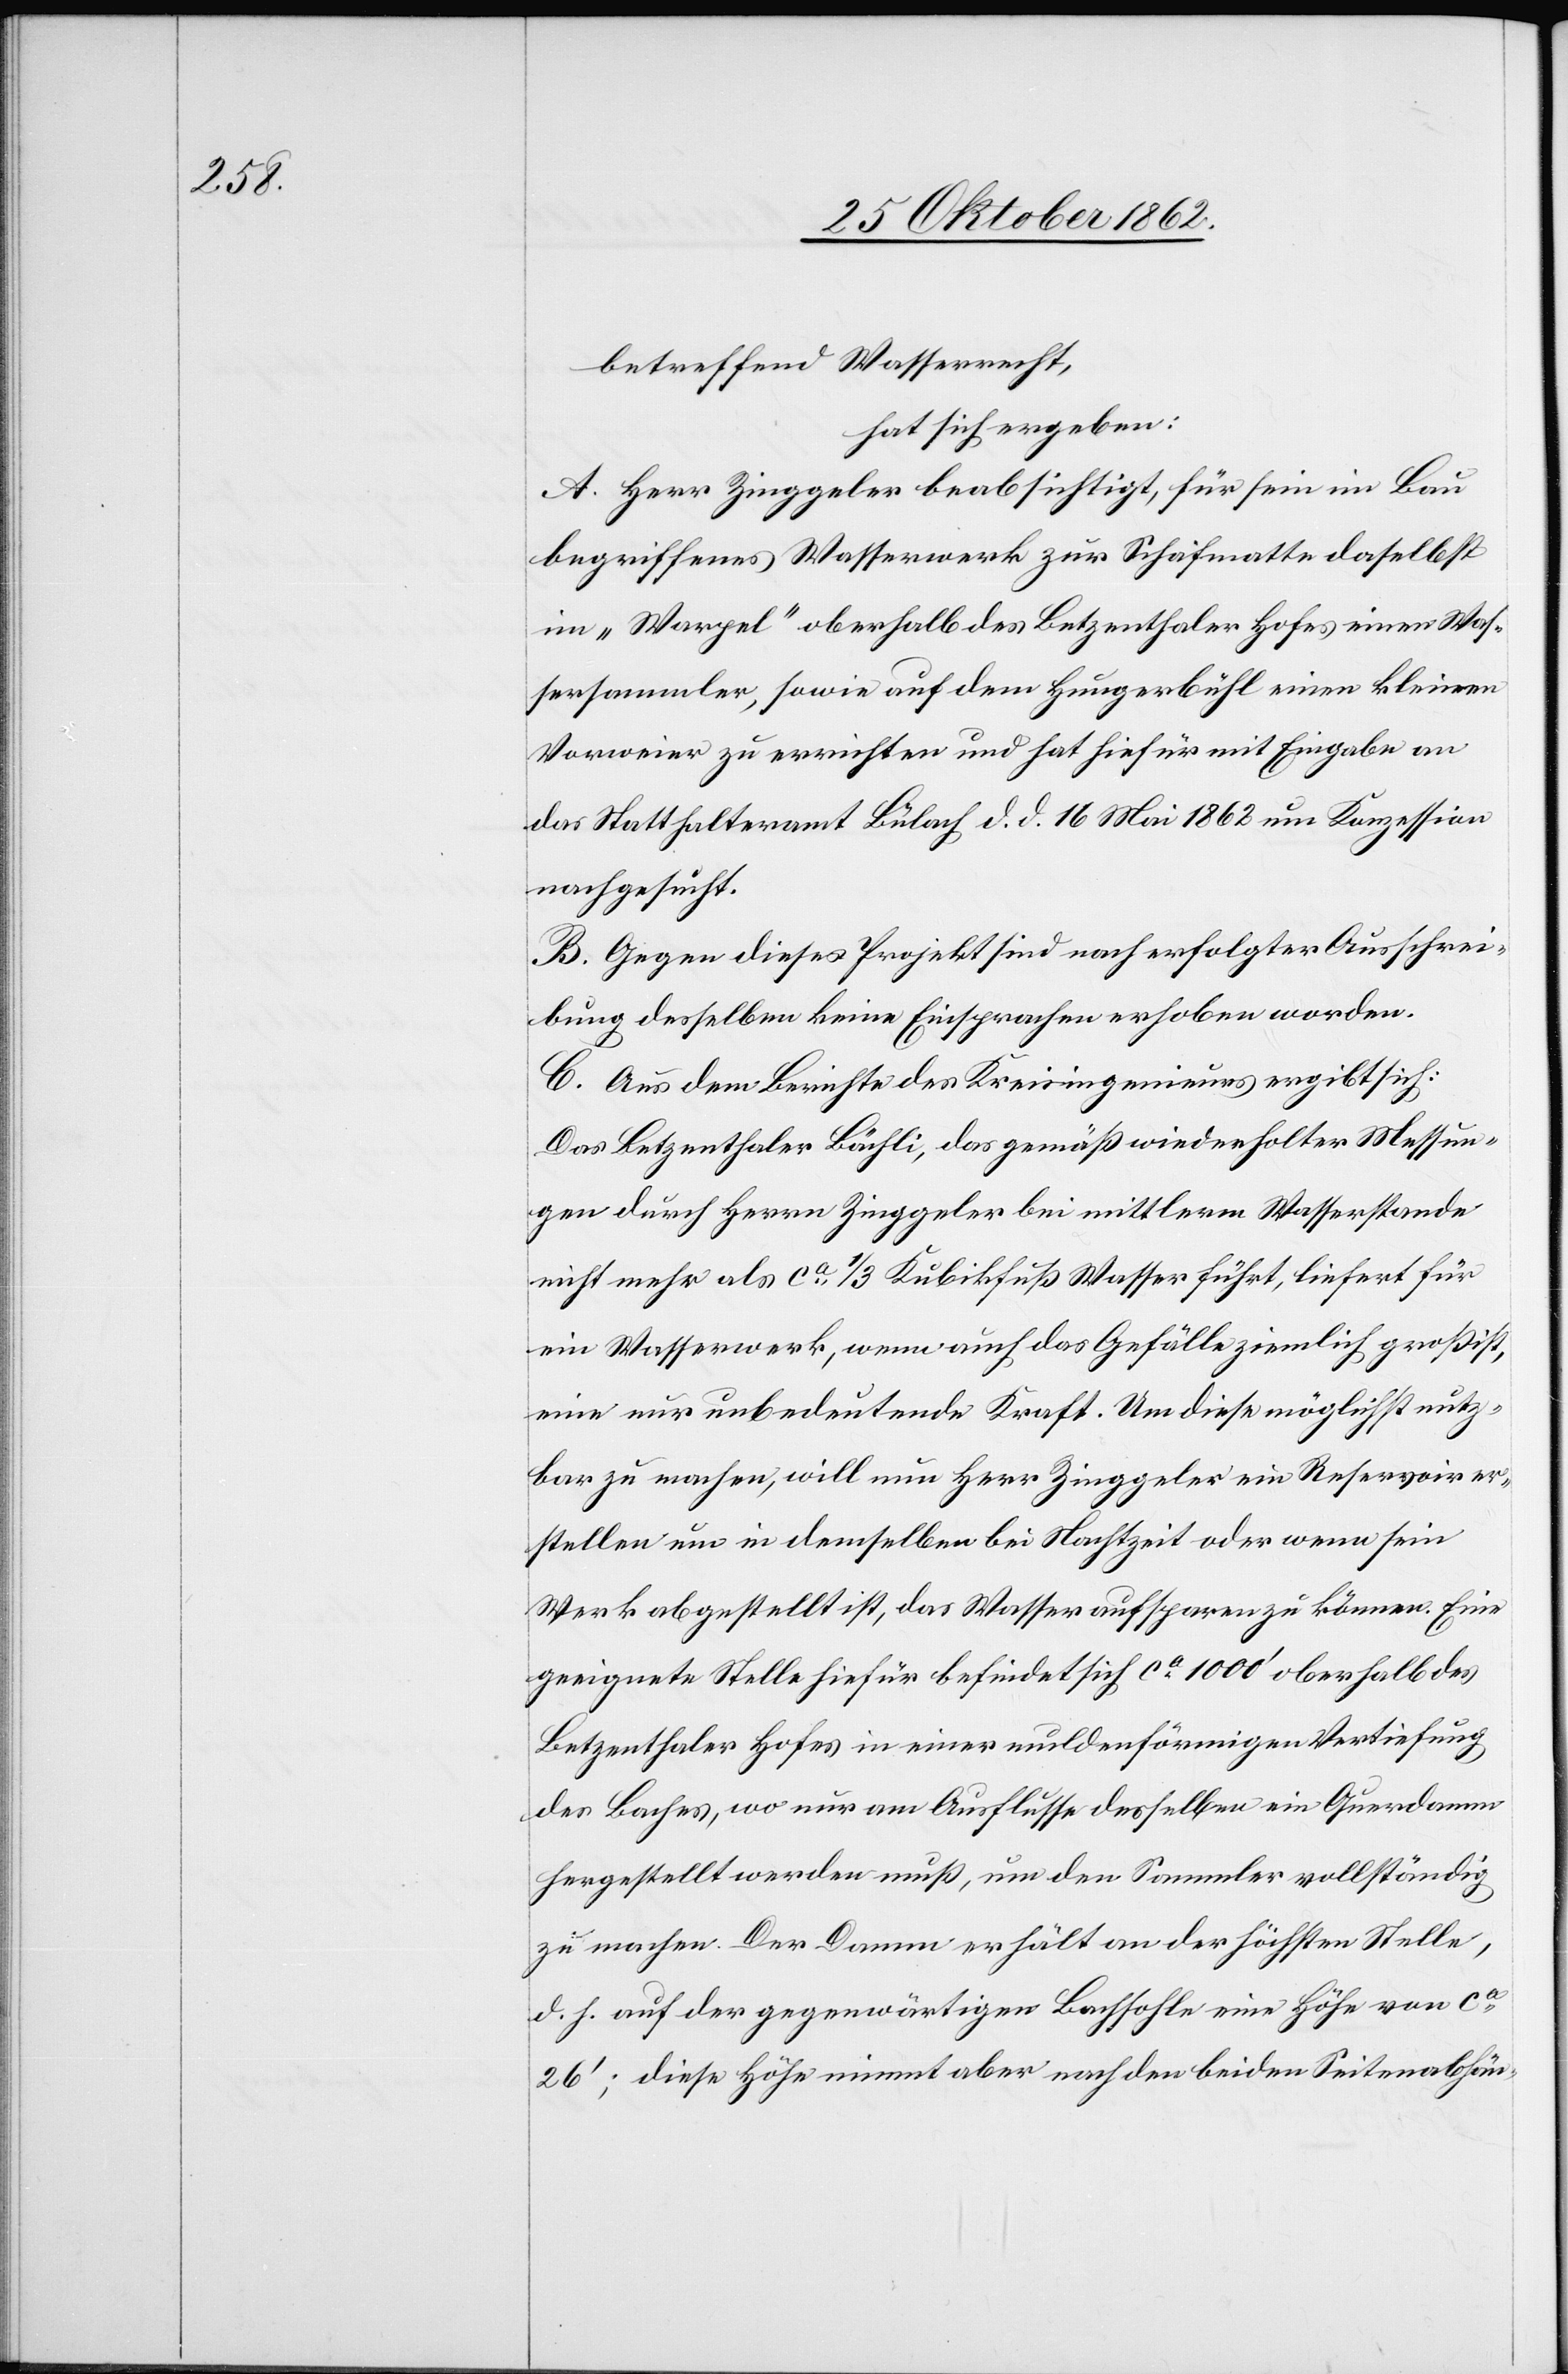
betreffend Wasserrecht,
hat sich ergeben:
A. Herr Zinggeler beabsichtigt, für sein im Bau
begriffenes Wasserwerk zur Schafmatte daselbst
im „Warpel“ oberhalb des Betzenthaler Hofes einen Was¬
sersammler, sowie auf dem Hungerbühl einen kleinen
Vorweier zu errichten und hat hiefür mit Eingabe an
das Statthalteramt Bülach d. d. 16.Mai 1862 um Konzession
nachgesucht.
B. Gegen dieses Projekt sind nach erfolgter Ausschrei¬
bung desselben keine Einsprachen erhoben worden.
C. Aus dem Berichte des Kreisingenieurs ergibt sich:
Das Betzenthaler Bächli, das gemäß wiederholter Messun¬
g durch Herrn Zinggeler bei mittlerm Wasserstande
nicht mehr als ca 1/3 Kubikfuß Wasser führt, liefert für
ein Wasserwerk, wenn auch das Gefälle ziemlich groß ist,
eine nur unbedeutende Kraft. Um diese möglichst nutz¬
bar zu machen, will nun Herr Zinggeler ein Reservoir er¬
stellen um in demselben bei Nachtzeit oder wenn sein
Werk abgestellt ist, das Wasser aufsparen zu können. Eine
geeignete Stelle hiefür befindet sich ca 1000’ oberhalb des
Betzenthaler Hofes in einer muldenförmigen Vertiefung
des Baches, wo nur am Ausflusse desselben ein Querdamm
hergestellt werden muß, um den Sammler vollständig
zu machen. Der Damm erhält an der höchsten Stelle,
d. h. auf der gegenwärtigen Bachsohle eine Höhe von ca
26’; diese Höhe nimmt aber nach den beiden Seitenabhän-